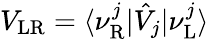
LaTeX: V_{\mathrm{LR}}=\langle\nu_{\mathrm{R}}^{j}|\hat{V}_{j}|\nu_{\mathrm{L}}^{j}\rangle